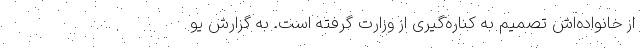
از خانواده‌اش تصمیم به کناره‌گیری از وزارت گرفته است. به گزارش یو